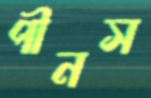
পীনস